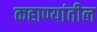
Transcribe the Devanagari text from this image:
कहाण्यांतील